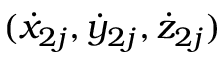
( { \dot { x } } _ { 2 j } , { \dot { y } } _ { 2 j } , { \dot { z } } _ { 2 j } )